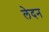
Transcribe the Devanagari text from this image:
लेदन